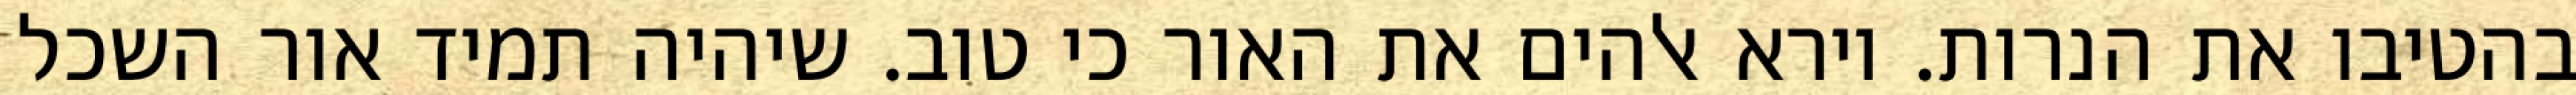
בהטיבו את הנרות. וירא אלהים את האור כי טוב. שיהיה תמיד אור השכל